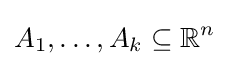
A_{1},\ldots ,A_{k}\subseteq \mathbb {R} ^{n}